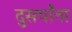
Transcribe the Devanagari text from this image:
दुसर्यांना